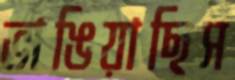
ভাঙিয়াছিস